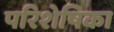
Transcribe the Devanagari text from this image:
परिशेषिका